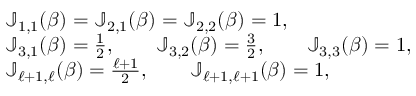
\begin{array} { r l } & { \mathbb J _ { 1 , 1 } ( \beta ) = \mathbb J _ { 2 , 1 } ( \beta ) = \mathbb J _ { 2 , 2 } ( \beta ) = 1 , } \\ & { \mathbb J _ { 3 , 1 } ( \beta ) = { \frac { 1 } { 2 } } , \qquad \mathbb J _ { 3 , 2 } ( \beta ) = { \frac { 3 } { 2 } } , \qquad \mathbb J _ { 3 , 3 } ( \beta ) = 1 , } \\ & { \mathbb J _ { \ell + 1 , \ell } ( \beta ) = { \frac { \ell + 1 } { 2 } } , \qquad \mathbb J _ { \ell + 1 , \ell + 1 } ( \beta ) = 1 , } \end{array}